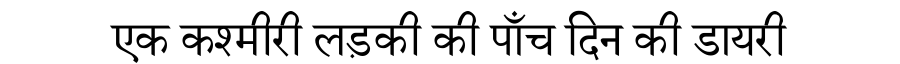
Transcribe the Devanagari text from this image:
एक कश्मीरी लड़की की पाँच दिन की डायरी